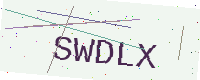
Text: SWDLX